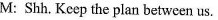
M:Shh. Keep the plan between us.